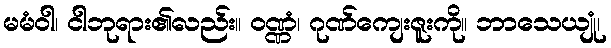
မမံဝါ၊ ငါဘုရား၏လည်း။ ဝဏ္ဏံ၊ ဂုဏ်ကျေးဇူးကို။ ဘာသေယျုံ၊